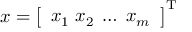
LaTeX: { \boldsymbol { x } } = { \left[ \begin{array} { l } { x _ { 1 } \; x _ { 2 } \; \dots \; x _ { m } } \end{array} \right] } ^ { \mathrm { { T } } }